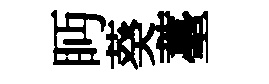
眄葵薹